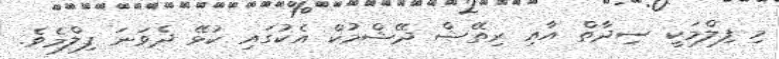
މި ފިލްމަކީ ސިދާތް އާއި ރިތޭޝް ދޭޝްމުކް އެކުގައި ކުޅޭ ދެވަނަ ފިލްމެވެ.